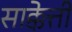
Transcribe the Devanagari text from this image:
साक्केत्ती